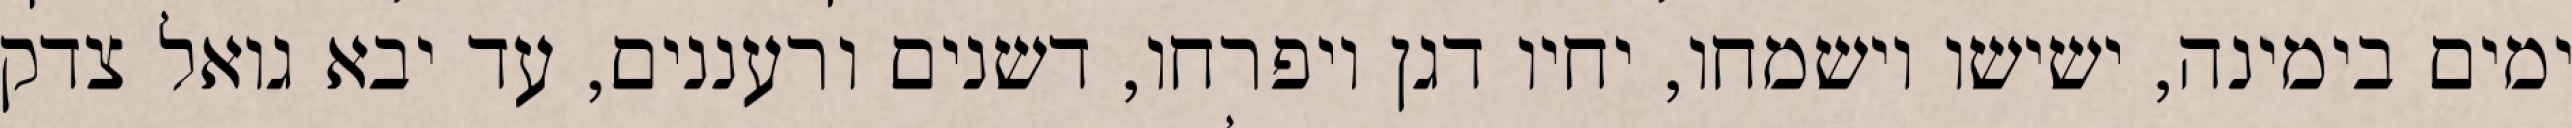
ימים בימינה, ישישו וישמחו, יחיו דגן ויפרחו, דשנים ורעננים, עד יבא גואל צדק